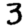
Digit: 3